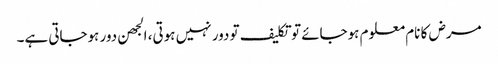
مرض کا نام معلوم ہوجائے تو تکلیف تو دور نہیں ہوتی، الجھن دور ہوجاتی ہے۔